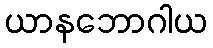
ယာနဘောဂါယ